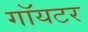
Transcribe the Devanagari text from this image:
गॉयटर